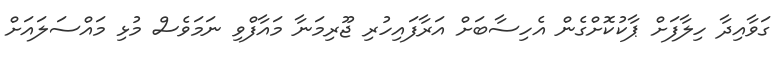
ގަވާއިދާ ހިލާފަށް ޕާކުކޮށްގެން އެހިސާބަށް އަރާފައިހުރި ޖޫރިމަނާ މައާފްވި ނަމަވެސް މުޅި މައްސަލައަށް